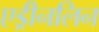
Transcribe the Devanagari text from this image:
एड्रीनलिन